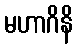
မဟာဂိနိ